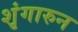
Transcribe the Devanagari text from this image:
शृंगारुन